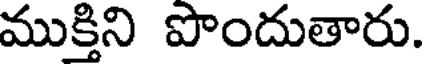
ముక్తిని పొందుతారు.